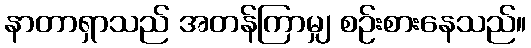
နာတာရှာသည် အတန်ကြာမျှ စဉ်းစားနေသည်။